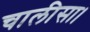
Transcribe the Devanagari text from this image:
चालीसा।